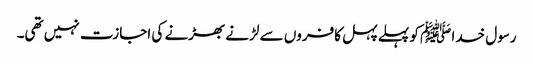
رسول خدا ﷺ کو پہلے پہل کافروں سے لڑنے بھڑنے کی اجازت نہیں تھی۔